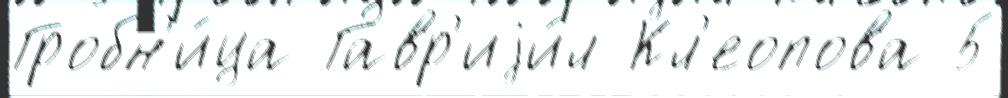
Гробн'и́ца Гавр'иjи́л Кл'еопова 5